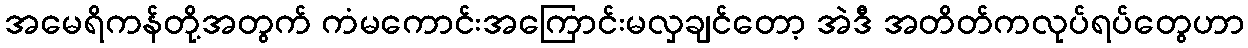
အမေရိကန်တို့အတွက် ကံမကောင်းအကြောင်းမလှချင်တော့ အဲဒီ အတိတ်ကလုပ်ရပ်တွေဟာ